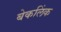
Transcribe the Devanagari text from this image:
बेकलिंक